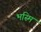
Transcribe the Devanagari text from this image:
भस्मि